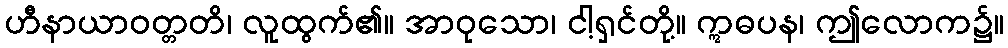
ဟီနာယာဝတ္တတိ၊ လူထွက်၏။ အာဝုသော၊ ငါ့ရှင်တို့။ ဣဓပန၊ ဤလောက၌။